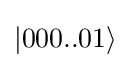
|000..01\rangle